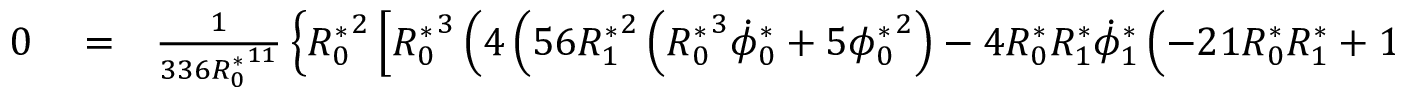
\begin{array} { r l r } { 0 } & { { } = } & { \frac { 1 } { 3 3 6 { R _ { 0 } ^ { * } } ^ { 1 1 } } \left\{ { R _ { 0 } ^ { * } } ^ { 2 } \left[ { R _ { 0 } ^ { * } } ^ { 3 } \left( 4 \left( 5 6 { R _ { 1 } ^ { * } } ^ { 2 } \left( { R _ { 0 } ^ { * } } ^ { 3 } \dot { \phi } _ { 0 } ^ { * } + 5 { \phi _ { 0 } ^ { * } } ^ { 2 } \right) - 4 { R _ { 0 } ^ { * } } { R _ { 1 } ^ { * } } \dot { \phi } _ { 1 } ^ { * } \left( - 2 1 { R _ { 0 } ^ { * } } { R _ { 1 } ^ { * } } + 1 4 { R _ { 0 } ^ { * } } ^ { 2 } \right. \right. \right. \right. \right. } \end{array}